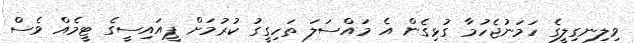
ވިލިނގިލީގެ ހަމަނުޖެހުމާ ގުޅިގެން އެ މައްސަލަ ތަހިގީގު ކުރުމަށް ޕީއައިސީގެ ޓީމެއް ވެސް